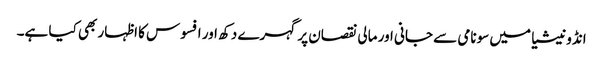
انڈونیشیا میں سونامی سے جانی اور مالی نقصان پر گہرے دکھ اور افسوس کا اظہار بھی کیا ہے۔